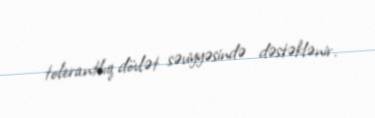
tolerantlıq dövlət səviyyəsində dəstəklənir.